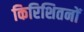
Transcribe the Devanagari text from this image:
किरिशितनों